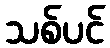
သစ်ပင်